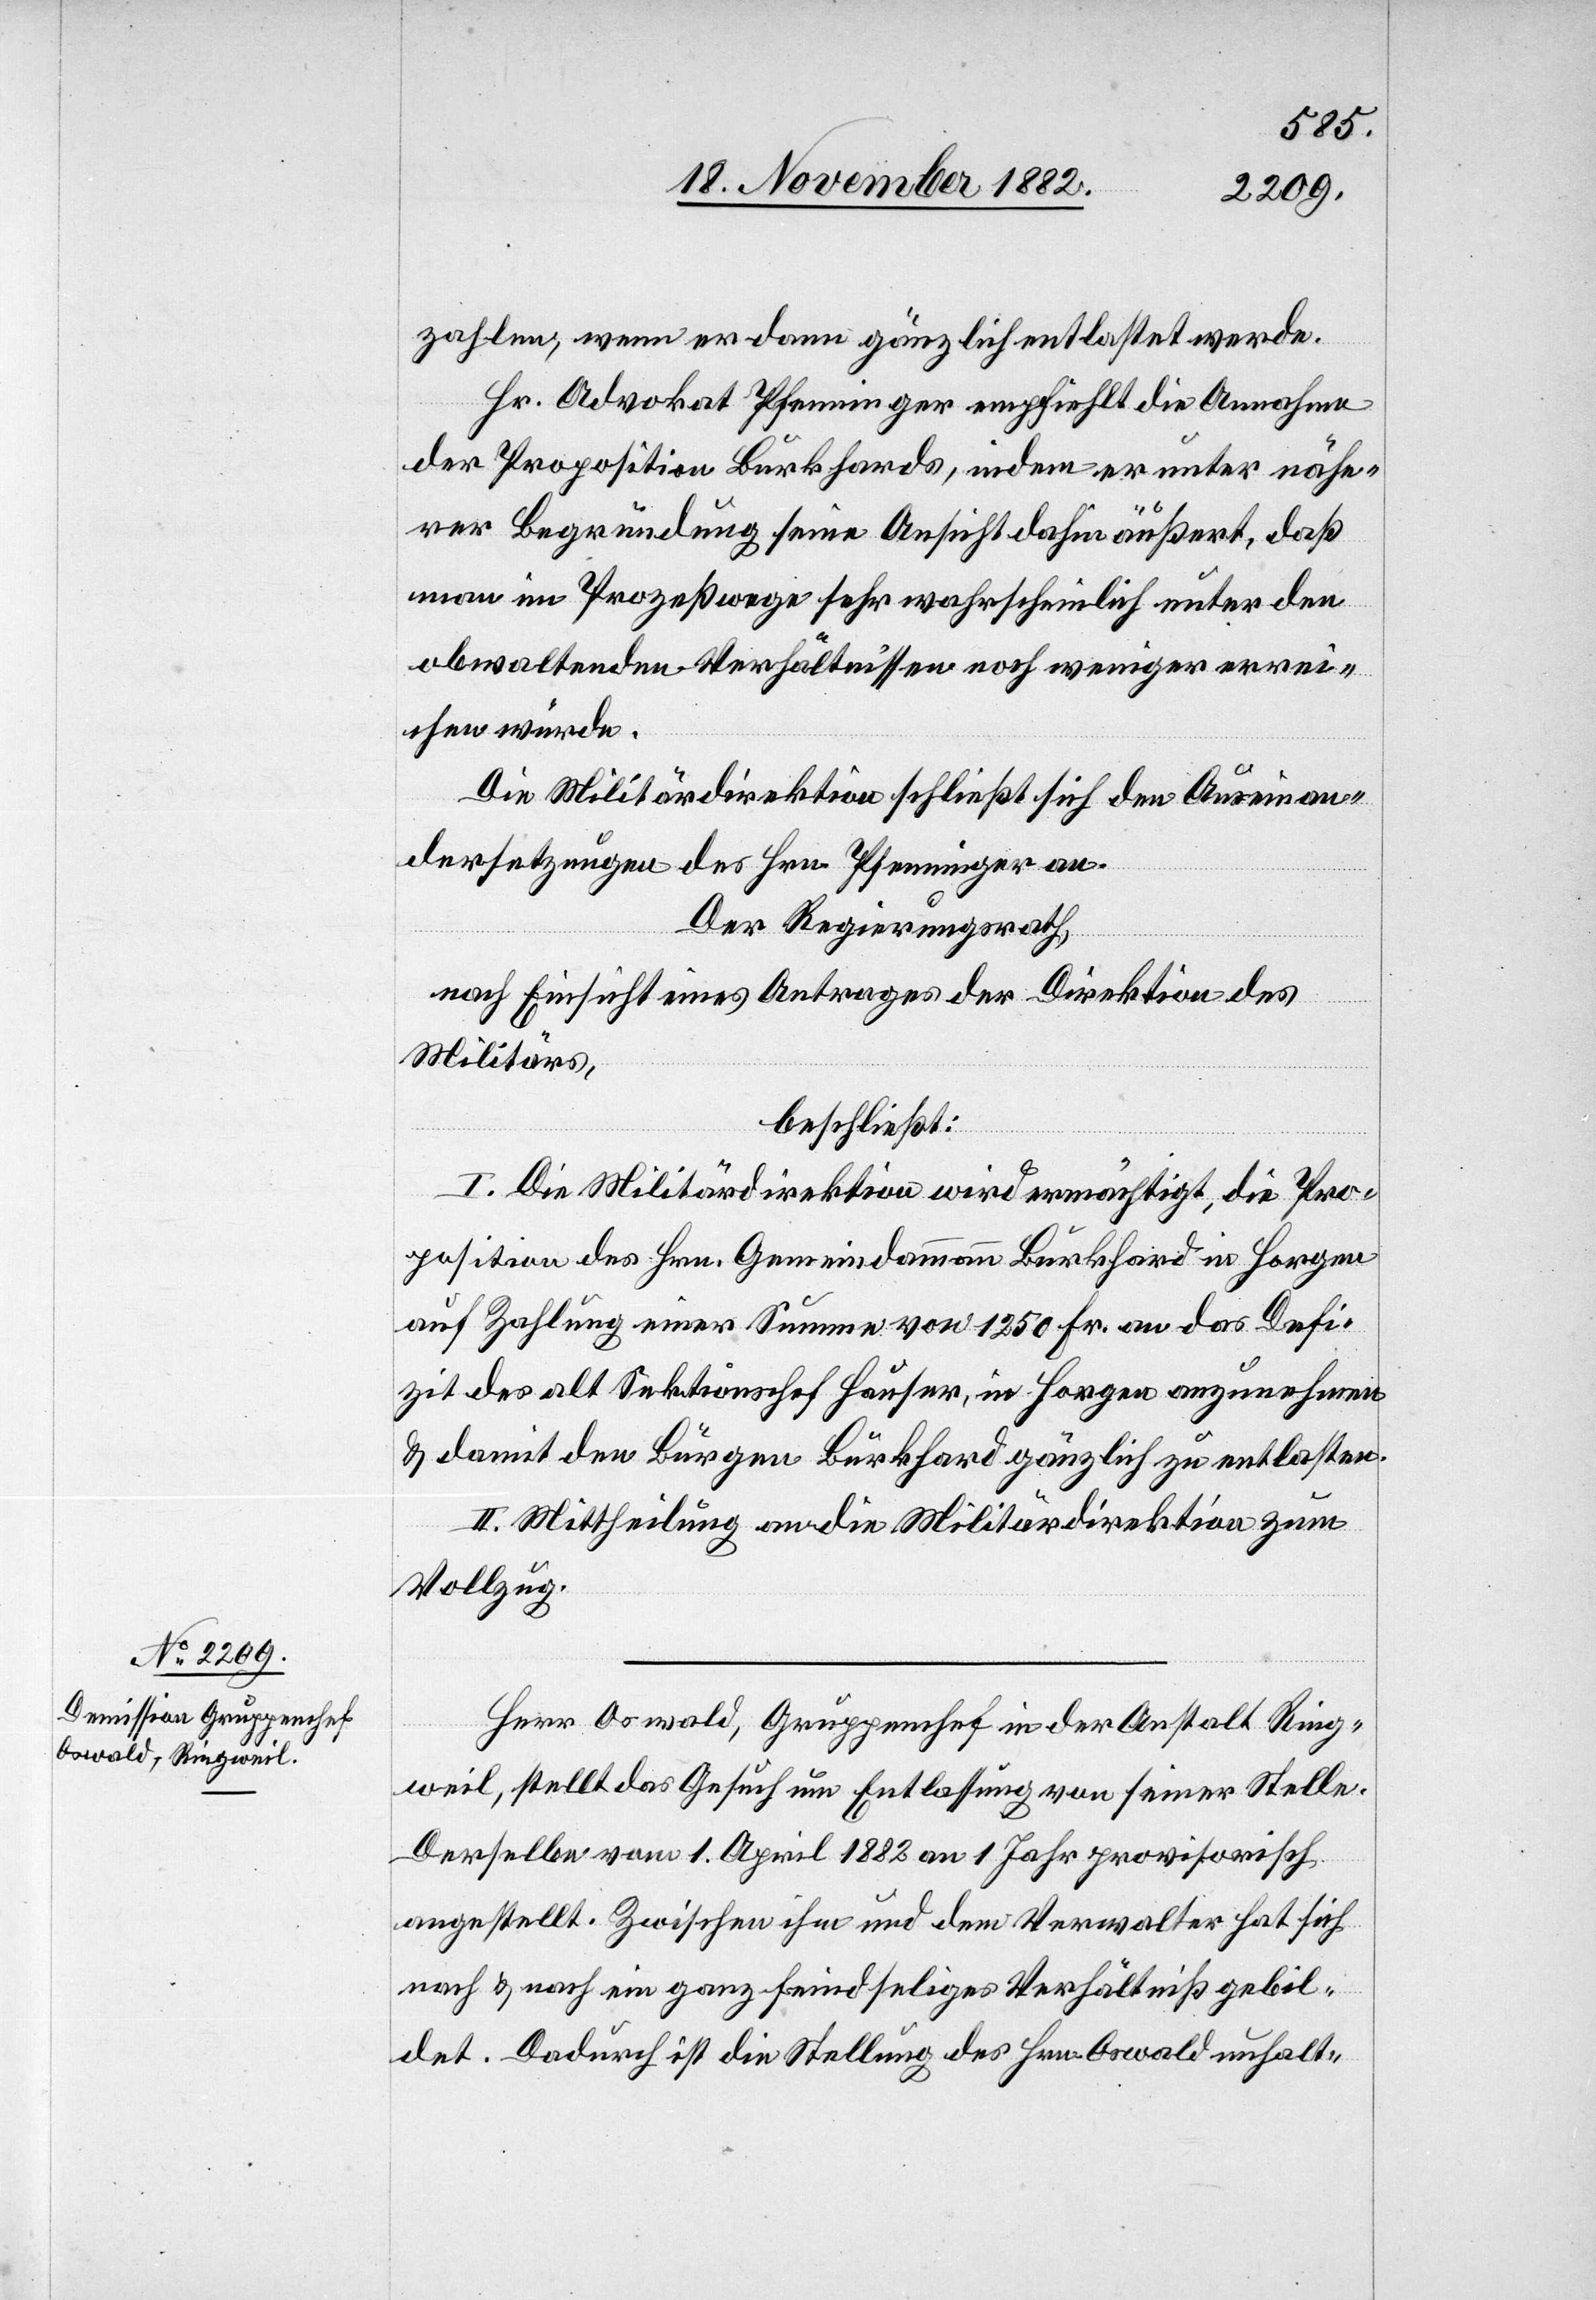
zahlen, wenn er dann gänzlich entlastet werde.
Hr. Advokat Pfenninger empfiehlt die Annahme
der Proposition Burkhards, indem er unter nähe¬
rer Begründung seine Ansicht dahin äußert, daß
man im Prozeßwege sehr wahrscheinlich unter den
obwaltenden Verhältnissen noch weniger errei¬
chen würde.
Die Militärdirektion schließt sich den Auseinan¬
dersetzungen des Hrn. Pfenninger an.
Der Regierungsrath,
nach Einsicht eines Antrages der Direktion des
Militärs,
beschließt:
I. Die Militärdirektion wird ermächtigt, die Pro¬
position des Hrn. Gemeindammann Burkhard in Horgen
auf Zahlung einer Summe von 1250 Fr. an das Defi¬
zit des alt Sektionschef Hauser, in Horgen anzunehmen
& damit den Bürgen Burkhard gänzlich zu entlasten.
II. Mittheilung an die Militärdirektion zum
Vollzug.
Herr Oswald, Gruppenchef in der Anstalt Ring¬
weil, stellt das Gesuch um Entlassung von seiner Stelle.
angestellt. Zwischen ihm und dem Verwalter hat sich
nach & nach ein ganz feindseliges Verhältniß gebil¬
det. Dadurch ist die Stellung des Hrn. Oswald unhalt-